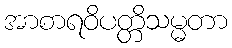
အာစာရဝိပတ္တိသမ္မတာ